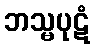
ဘသ္မပုဋံ